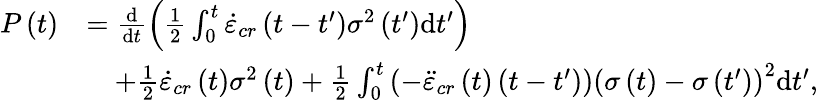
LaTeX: \begin{array}{rl}{P\left(t\right)}&{=\frac{\mathrm{d}}{\mathrm{d}t}\left(\frac{1}{2}\int_{0}^{t}\dot{\varepsilon}_{cr}\left(t-t^{\prime}\right)\sigma^{2}\left(t^{\prime}\right)\mathrm{d}t^{\prime}\right)}\\ &{\quad+\frac{1}{2}\dot{\varepsilon}_{cr}\left(t\right)\sigma^{2}\left(t\right)+\frac{1}{2}\int_{0}^{t}\left(-\ddot{\varepsilon}_{cr}\left(t\right)\left(t-t^{\prime}\right)\right)\left(\sigma\left(t\right)-\sigma\left(t^{\prime}\right)\right)^{2}\mathrm{d}t^{\prime},}\end{array}